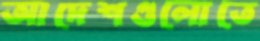
আদেশগুলোতে